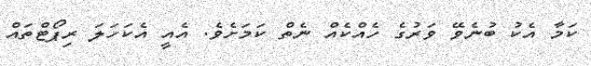
ކަމާ އެކު ބުނެވޭ ވަރުގެ ހެއްކެއް ނެތް ކަމަށެވެ. އެއީ އެކަހަލަ ރިޕޯޓްތައް